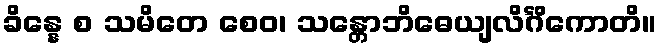
ခိန္နေ စ သမိတေ စေဝ၊ သန္တောဘိဓေယျလိင်္ဂိကောတိ။